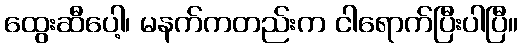
ထွေးဆီပေါ့၊ မနက်ကတည်းက ငါရောက်ပြီးပါပြီ။